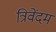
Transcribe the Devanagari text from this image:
त्रिवेंदम